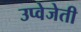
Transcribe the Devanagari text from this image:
उप्वेजेती